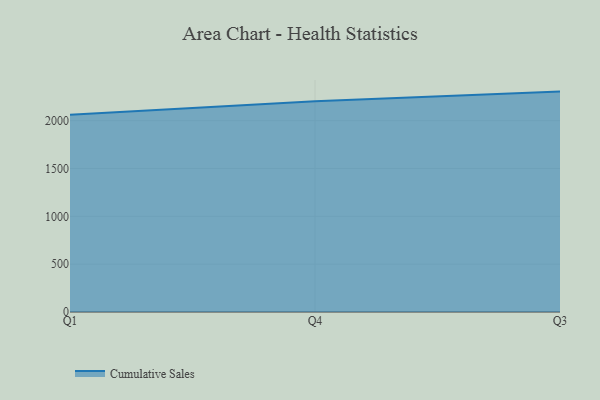
{"axis": {"x": "Quarter", "y": "Market Share (%)"}, "legend": ["Cumulative Sales"], "data": [{"x": "Q1", "y": 2062.4, "type": "Cumulative Sales"}, {"x": "Q4", "y": 2201.8, "type": "Cumulative Sales"}, {"x": "Q3", "y": 2303.7, "type": "Cumulative Sales"}]}